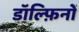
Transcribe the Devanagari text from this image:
डॉल्फ़िनों